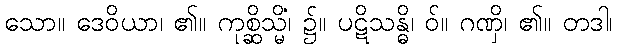
သော။ ဒေဝိယာ၊ ၏။ ကုစ္ဆိသ္မိံ၊ ၌။ ပဋိသန္ဓိ၊ ဝ်။ ဂဏှိ၊ ၏။ တဒါ၊